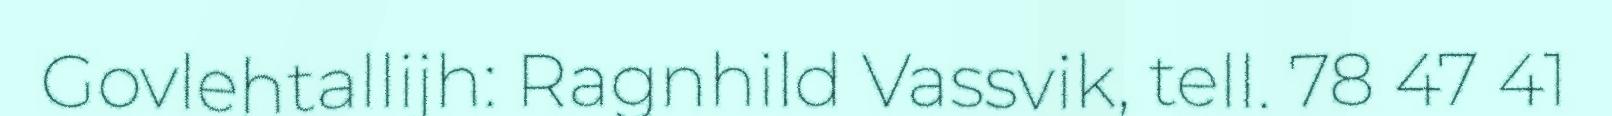
Govlehtallijh: Ragnhild Vassvik, tell. 78 47 41